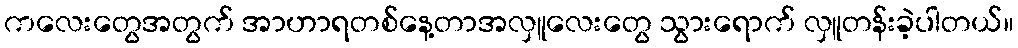
ကလေးတွေအတွက် အာဟာရတစ်နေ့တာအလှူလေးတွေ သွားရောက် လှူတန်းခဲ့ပါတယ်။